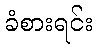
ခံစားရင်း